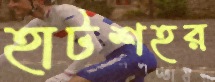
হাটশহর